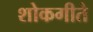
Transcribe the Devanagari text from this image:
शोकगीते